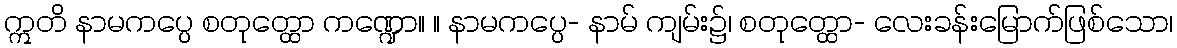
ဣတိ နာမကပ္ပေ စတုတ္ထော ကဏ္ဍော။ ။ နာမကပ္ပေ- နာမ် ကျမ်း၌၊ စတုတ္ထော- လေးခန်းမြောက်ဖြစ်သော၊